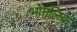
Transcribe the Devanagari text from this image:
भोगलिक